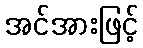
အင်အားဖြင့်